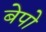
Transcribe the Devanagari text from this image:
बेपो